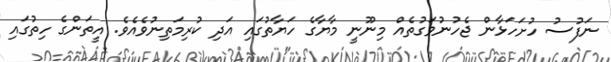
ނަފުސު ހުށަހަޅާން ޖެހުނުވަގުތެއް މިނޫނީ މާޔާގެ ހަޔާތުގައި އަދި ކުރިމަތިނުވެއެވެ. އީތަންގެ ހިތުގައި